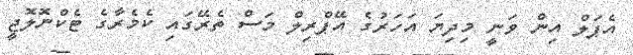
އެޕަލް އިން ވަނީ މިދިޔަ އަހަރުގެ އޭޕްރިލް މަސް ތެރޭގައި ކެމެރާގެ ޓެކްނޮލޮޖީ